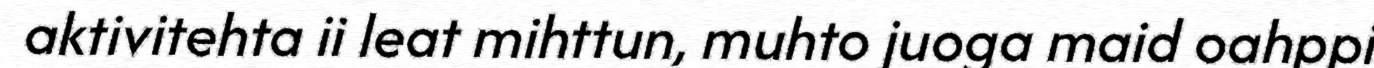
aktivitehta ii leat mihttun, muhto juoga maid oahppi